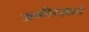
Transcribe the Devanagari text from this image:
अमीरज़ादे